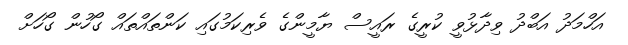
އަހްމަދު އަބްދު ވިދާޅުވީ ކުރީގެ ރައީސް ޔާމީންގެ ވެރިކަމުގައި ކަންތައްތައް ގޯހުން ގޯހަށް